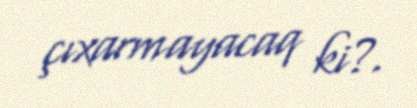
çıxarmayacaq ki?.